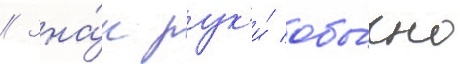
// Зна́к рук'и́ обы́чно